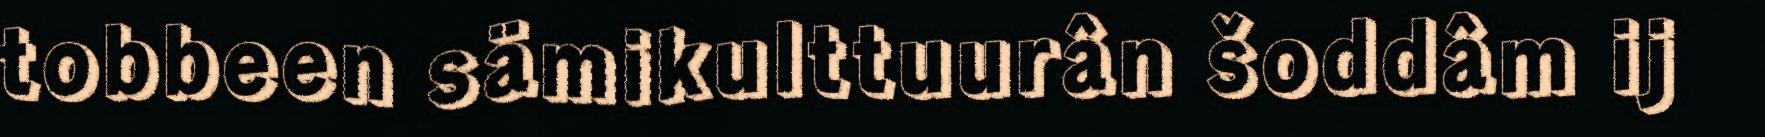
tobbeen sämikulttuurân šoddâm ij